Vaccination in Burma 1900-1911 - 1900-1911
Year: 1900
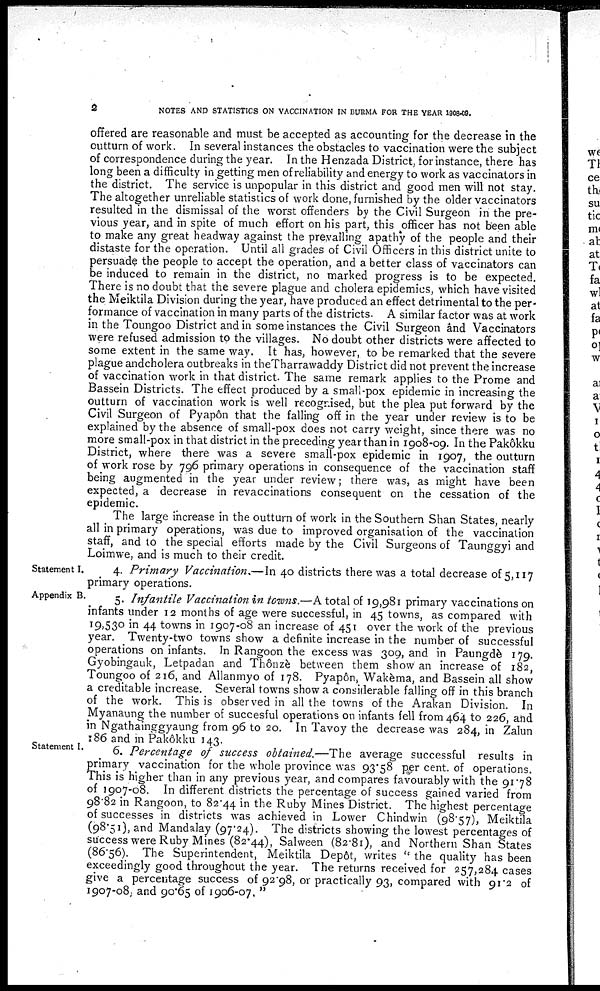
2
NOTES AND STATISTICS ON VACCINATION IN BURMA FOR THE YEAR 1908-09.
offered are reasonable and must be accepted as accounting for the decrease in the
outturn of work. In several instances the obstacles to vaccination were the subject
of correspondence during the year. In the Henzada District, for instance, there has
long been a difficulty in getting men of reliability and energy to work as vaccinators in
the district. The service is unpopular in this district and good men will not stay.
The altogether unreliable statistics of work done, furnished by the older vaccinators
resulted in the dismissal of the worst offenders by the Civil Surgeon in the pre-
vious year, and in spite of much effort on his part, this officer has not been able
to make any great headway against the prevalling apathy of the people and their
distaste for the operation. Until all grades of Civil Officers in this district unite to
p ersuade the people to accept the operation, and a better class of vaccinators can
be induced to remain in the district, no marked progress is to be expected.
There is no doubt that the severe plague and cholera epidemics, which have visited
the Meiktila Division during the year, have produced an effect detrimental to the per-
formance of vaccination in many parts of the districts. A similar factor was at work
in the Toungoo District and in some instances the Civil Surgeon and Vaccinators
were refused admission to the villages. No doubt other districts were affected to
some extent in the same way. It has, however, to be remarked that the severe
plague and cholera outbreaks in the Tharrawaddy District did not prevent the increase
of vaccination work in that district. The same remark applies to the Prome and
Bassein Districts. The effect produced by a small-pox epidemic in increasing the
outturn of vaccination work is well recognised, but the plea put forward by the
Civil Surgeon of Pyapôn that the falling off in the year under review is to be
explained by the absence of small-pox does not carry weight, since there was no
more small-pox in that district in the preceding year than in 1908-09. In the Pakôkku
District, where there was a severe small-pox epidemic in 1907, the outturn
of work rose by 796 primary operations in consequence of the vaccination staff
being augmented in the year under review; there was, as might have been
expected, a decrease in revaccinations consequent on the cessation of the
epidemic.
The large increase in the outturn of work in the Southern Shan States, nearly
all in primary operations, was due to improved organisation of the vaccination
staff, and to the special efforts made by the Civil Surgeons of Taunggyi and
Loimwe, and is much to their credit.
Statement I.
4. Primary Vaccination.—In 40 districts there was a total decrease of 5,117
primary operations.
Appendix B.
5. Infantile Vaccination in towns.—A total of 19,981 primary vaccinations on
infants under 12 months of age were successful, in 45 towns, as compared with
19,530 in 44 towns in 1907-08 an increase of 451 over the work of the previous
year. Twenty-two towns show a definite increase in the number of successful
operations on infants. In Rangoon the excess was 309, and in Paungdè 179.
Gyobingauk, Letpadan and Thônzè between them show an increase of 182,
Toungoo of 216, and Allanmyo of 178. Pyapôn, Wakèma, and Bassein all show
a creditable increase. Several towns show a considerable falling off in this branch
of the work. This is observed in all the towns of the Arakan Division. In
Myanaung the number of succesful operations on infants fell from 464 to 226, and
in Ngathainggyaung from 96 to 20. In Tavoy the decrease was 284, in Zalun
186 and in Pakôkku 143.
Statement I.
6. Percentage of success obtained.—The average successful results in
primary vaccination for the whole province was 93.58 per cent. of operations.
This is higher than in any previous year, and compares favourably with the 91.78
of 1907-08. In different districts the percentage of success gained varied from
98.82 in Rangoon, to 82.44 in the Ruby Mines District. The highest percentage
of successes in districts was achieved in Lower Chindwin (98.57), Meiktila
(98.51), and Mandalay (97.24). The districts showing the lowest percentages of
success were Ruby Mines (82.44), Salween (82.81), and Northern Shan States
(86.56). The Superintendent, Meiktila Depôt, writes " the quality has been
exceedingly good throughout the year. The returns received for 257,284 cases
give a percentage success of 92.98, or practically 93, compared with 91.2 of
1907-08, and 90.65 of 1906-07. "